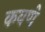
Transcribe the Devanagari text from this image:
कवणे